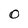
Character: O